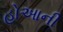
હોઆની